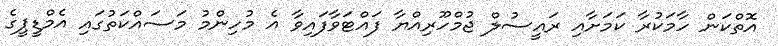
އޮތްކަން ހާމަކުރާ ކަމަށާއި ރައީސުލް ޖުމްހޫރިއްޔާ ފައްޓަވާފައިވާ އެ މުހިންމު މަސައްކަތުގައި އެމްޑީޕީގެ